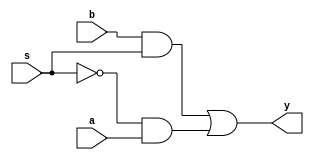
module mux2x1(a,b,s,y);
input a,b,s;
output y;
and(c,b,s);
not(s1,s);
and(d,s1,a);
or(y,c,d);
endmodule